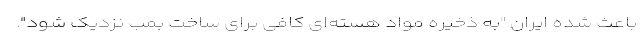
باعث شده ایران "به ذخیره مواد هسته‌ای کافی برای ساخت بمب نزدیک شود".